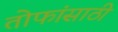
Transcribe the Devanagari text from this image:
तोफांसाठी